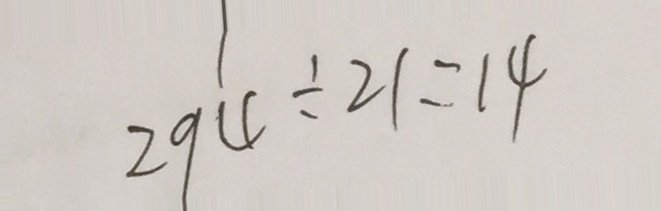
2 9 4 \div 2 1 = 1 4